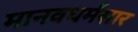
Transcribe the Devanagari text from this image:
मानवधर्मसार